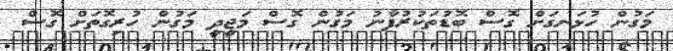
މަގުން ހުޅަނގަށް ގޮސް ބޮޑުތަކުރުފާނު މަގުން ގޮސް މަޖީދީ މަގުން ހުރިގޮތަށް ގޮސް